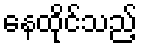
နေထိုင်သည့်